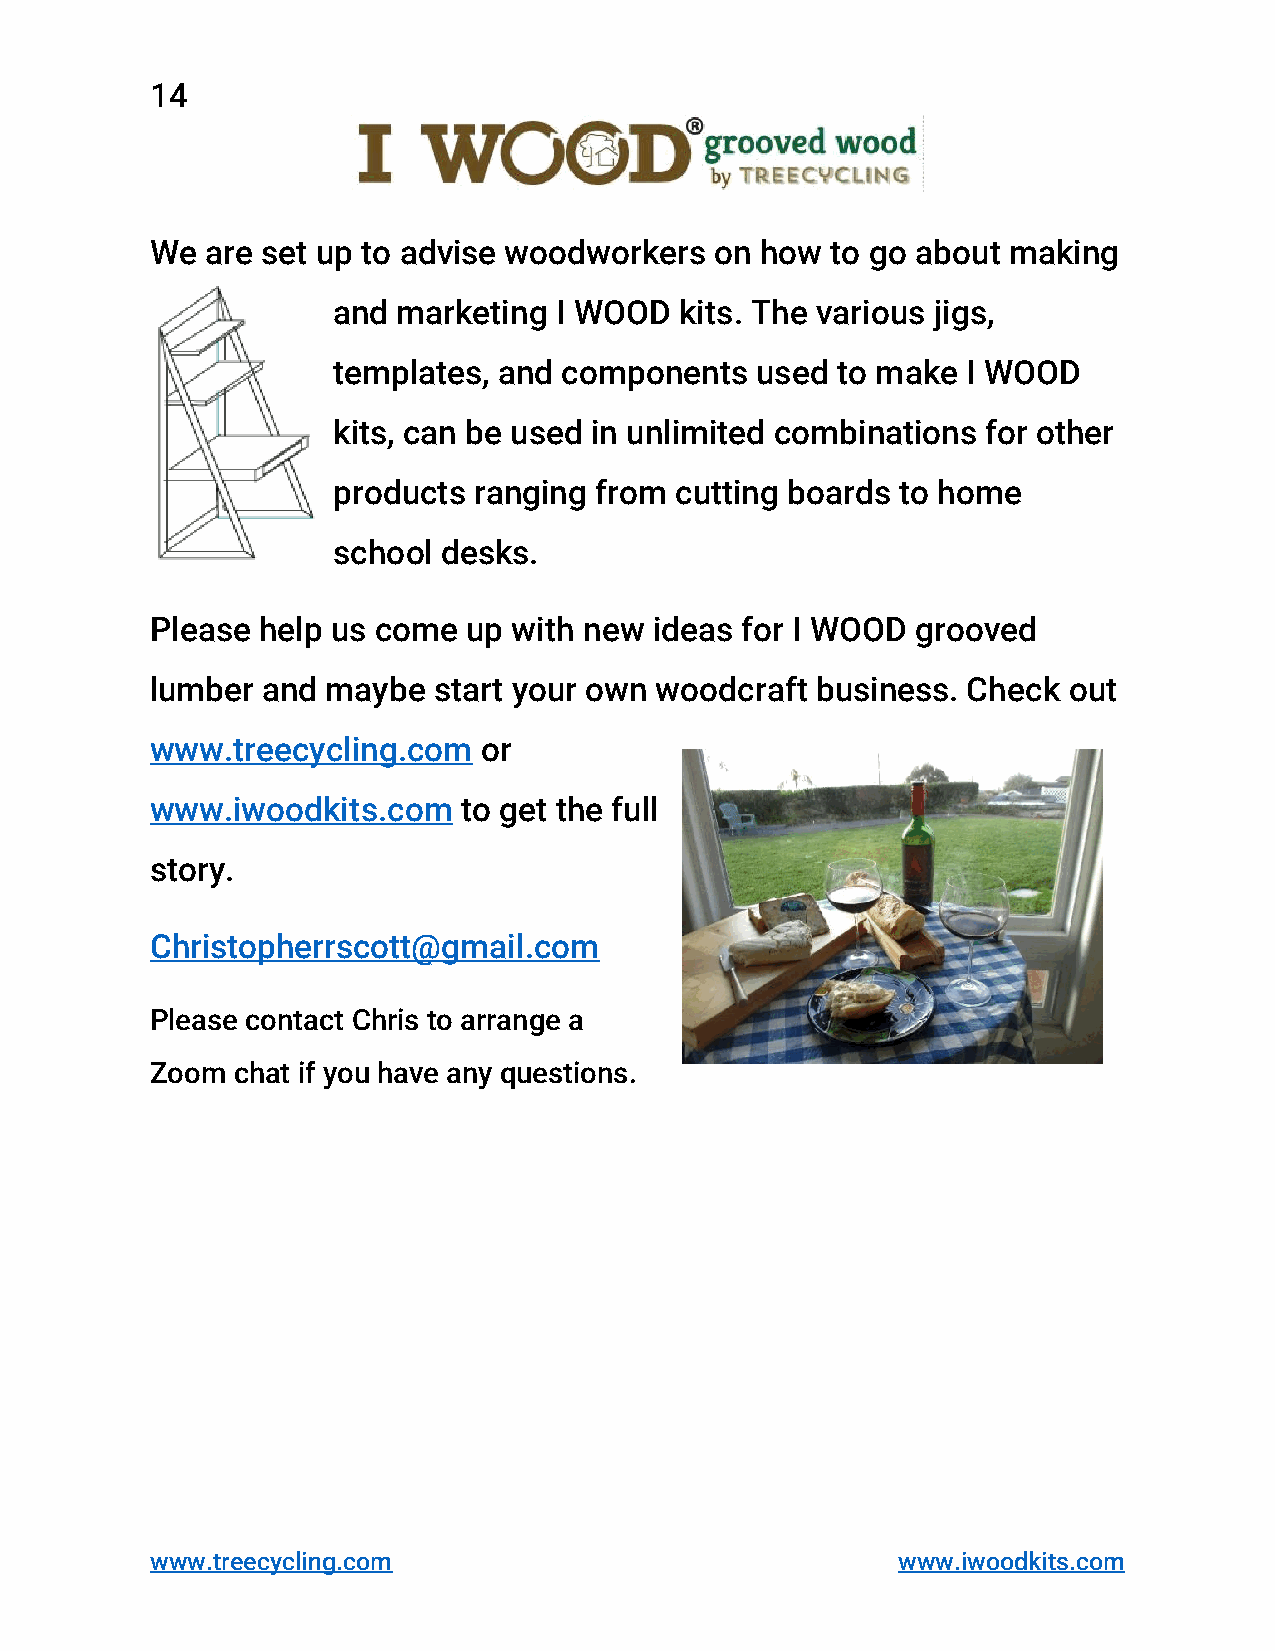
14
 We  are set up to advise woodworkers on how  to go about making
 and marketing  I WOOD  kits. The various jigs,
 templates, and components   used to make  I WOOD
 kits, can be used in unlimited combinations for other
 products ranging from  cutting boards to home
 school desks.
 Please help us come  up with new ideas for I WOOD  grooved
 lumber and  maybe  start your own woodcraft business. Check  out
 www.treecycling.com   or
 www.iwoodkits.com    to get the full
 story.
 Christopherrscott@gmail.com
 Please contact Chris to arrange a
 Zoom chat if you have any questions.
 www.treecycling.com                              www.iwoodkits.com